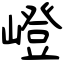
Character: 嶝